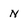
Character: n